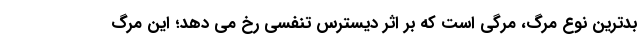
بدترین نوع مرگ، مرگی است که بر اثر دیسترس تنفسی رخ می دهد؛ این مرگ